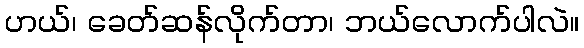
ဟယ်၊ ခေတ်ဆန်လိုက်တာ၊ ဘယ်လောက်ပါလဲ။